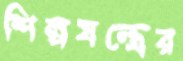
শিল্পযন্ত্রের